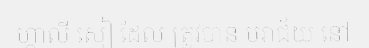
ហ្គាលី សៀ ដែល ត្រូវបាន បរាជ័យ នៅ